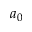
a _ { 0 }